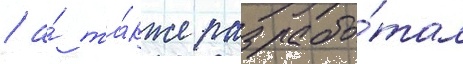
/ а́ та́кже разрабо́тал